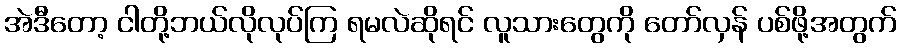
အဲဒီတော့ ငါတို့ဘယ်လိုလုပ်ကြ ရမလဲဆိုရင် လူသားတွေကို တော်လှန် ပစ်ဖို့အတွက်